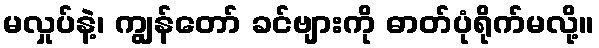
မလှုပ်နဲ့၊ ကျွန်တော် ခင်ဗျားကို ဓာတ်ပုံရိုက်မလို့။